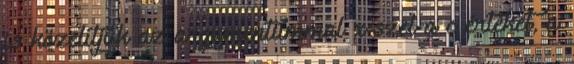
is közelítjük az argumentummal x-szel a c értéket, a